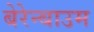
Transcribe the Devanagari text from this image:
बेरेन्बाउम